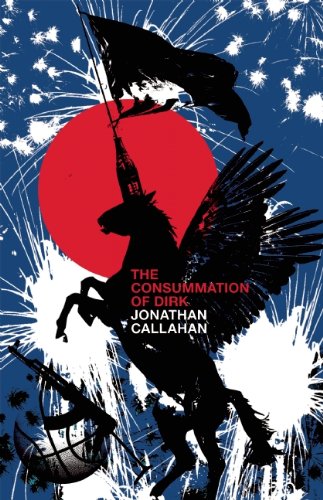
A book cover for The Consummation of Dirk; Jonathan Callahan; Literature & Fiction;